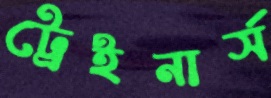
ট্রেইনার্স